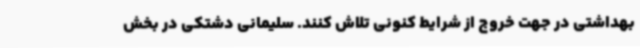
بهداشتی در جهت خروج از شرایط کنونی تلاش کنند. سلیمانی دشتکی در بخش